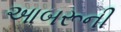
આબરૂની